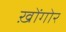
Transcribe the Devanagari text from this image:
ख़ोंगोर